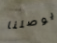
يوصلنا